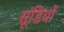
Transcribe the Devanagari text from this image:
सूंडियों